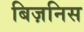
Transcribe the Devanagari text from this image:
बिज़निस